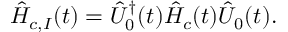
\hat { H } _ { c , I } ( t ) = \hat { U } _ { 0 } ^ { \dagger } ( t ) \hat { H } _ { c } ( t ) \hat { U } _ { 0 } ( t ) .